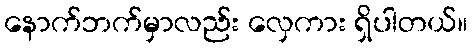
နောက်ဘက်မှာလည်း လှေကား ရှိပါတယ်။